Document type: Sale
Year: 1451
Scribe: [Unknown]
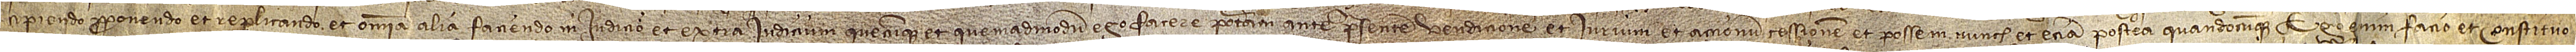
cipiendo, proponendo et replicando et omnia alia faciendo, in iudicio et extra iudicium, quecumque et quemadmodum, ego facere poteram ante presentem vendicionem et iurium et accionum cessionem et possem, nunch et etiam postea quandocumque. Ego enim facio et constituo